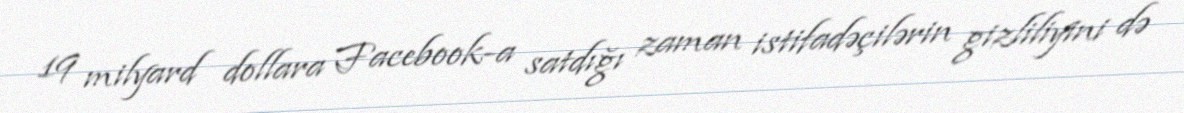
19 milyard dollara Facebook-a satdığı zaman istifadəçilərin gizliliyini də